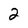
Character: 2